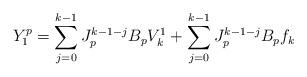
LaTeX: \begin{align*}Y^p_1=\sum^{k-1}_{j=0}J^{k-1-j}_pB_pV^1_k+\sum^{k-1}_{j=0}J^{k-1-j}_pB_pf_k\end{align*}